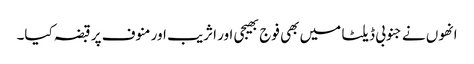
انھوں نے جنوبی ڈیلٹا میں بھی فوج بھیجی اور اثریب اور منوف پر قبضہ کیا۔